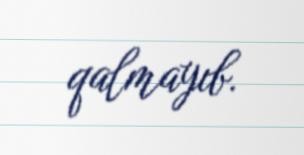
qalmayıb.